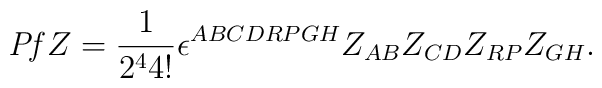
{\it Pf}Z={1\over 2^44!}\epsilon^{ABCDRPGH}Z_{AB}Z_{CD}Z_{RP}Z_{GH}.